Vaccination in the Punjab 1905-1918 - 1905-1918
Year: 1905
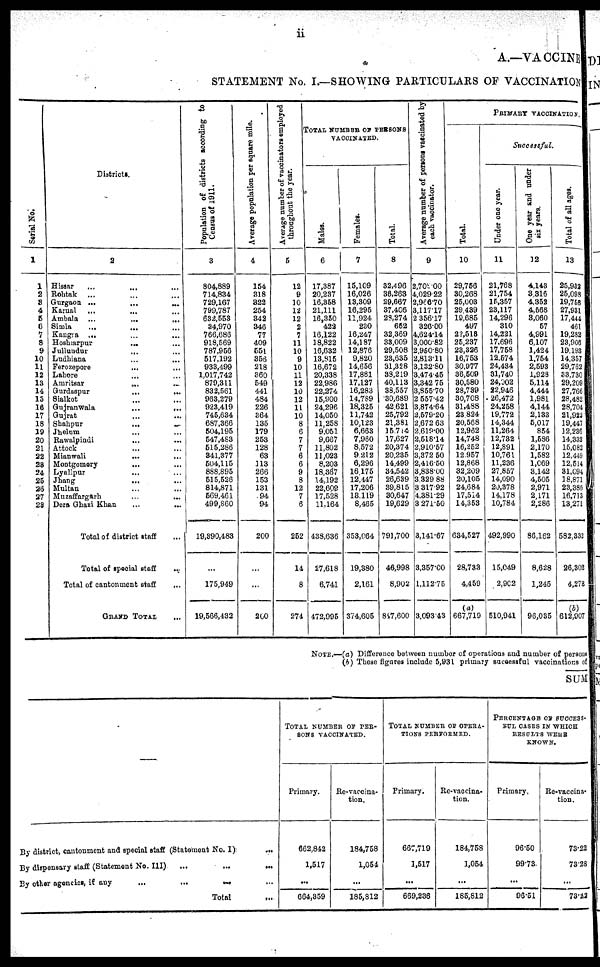
ii
A.—VACCINE
STATEMENT No. I.—SHOWING PARTICULARS OF VACCINATION
Serial No.
1
1
2
3 4
5
6
7
8
9
10
11
12
13
14
15
16
17
18
19
20
21
22
23
24
25
26
27
28
Districts.
2
Hissar ... ... ...
Rohtak ... ... ...
Gurgaon ... ... ...
Karuel ... ... ...
Ambala ... ... ...
Simla ... ... ...
Kaugta ... ... ...
Hoshiarpur
...
...
Jallandar ... ...
Ludhiana ... ...
Ferozepore ... ...
Lahore ... ...
Amritsar
...
...
Gurdaspur ... ...
Sialkot ... ...
Gujranwala
...
...
Gujrat ... ...
Shahpur
...
...
Jhelum ... ...
Rawalpindi ... ...
Attock ... ...
Mianwali ... ...
Montgomery ... ...
Lyallpur ... ...
Jhang ... ...
Multan ... ...
Muzaffargarh ... ...
Dora Ghati Khan ... ...
Total of district staff ...
Total of special staff ...
Total of cantonment staff ...
GRAND
TOTAL ...
Population of districts according to
Ceusus 1911.
3
804,889
714,834
729,167
799,787
632.553
84,970
766,686
918,569
787,956
517,192
933,499
1,017,742
879,311
832,561
963,279
923,419
746,634
637,366
504,195
547,483
515,286
841,377
604,115
888,895
615,526
814,871
569,461
499,860
19,890,483
...
175,949
19,566,432
Average population per square mile.
4
154
318
322
254
342
346
77
409
551
358
218
360
649
441
484
226
364
135
179
253
128
63
113
266
153
131
94
94
200
...
...
200
Average
number of vaccinators employed
throughout the year.
5
12
9
10
12
12
2
7
11
10
9
10
11
12
10
12
11
10
8
6
7
7
6
6
9
8
12
7
6
252
14
8
274
TOTAL NUMBER OF
PERSONS
VACCINATED.
Males.
6
17,387
20,237
16,358
21,111
16,350
422
16,122
18,822
16,632
13,815
16,672
20,338
22,986
22,274
15,900
24,296
14,050
11,258
9,051
9,667
11,802
11,023
8,203
18,367
14,192
22,608
17,528
11,164
433,636
27,618
6,741
472,095
Females.
7
15,109
16,026
13,309
16,296
11,924
230
16,247
14,187
12,876
9,820
14,656
17,881
17,127
16,283
14,789
18,325
11,742
10,123
6,663
7,960
8,572
9,212
6,296
16,175
12,447
17,206
18,119
8,485
353,064
19,380
2,161
374.605
Total.
8
32,496
38,263
29,667
37,406
29,274
652
32,369
38,009
29,508
23,635
31,828
33,219
40,113
38,557
30,689
42,621
25,792
21,381
15,714
17,627
20,374
20,235
14,499
34,542
26,639
39,815
30,647
19,629
791,700
46,998
8,902
897,600
Average number of persons vaccinated by
each vaccinator.
9
2,702.00
4,029.22
2,986.70
8,117.17
2,356.17
320.00
4,624.14
3,000.82
2,960.80
2,813.11
3,132.80
3,474.45
3,342.75
3,855.70
2,557.42
3,874.64
2,679.20
2,672.63
2,619.00
2,618.14
2,910.57
3,372.50
2,416.50
3,838.00
3,329.88
3,317.92
4,381.29
3,271.50
3,141.67
3,357.00
1,112.75
3,093.43
PRIMARY VACCINATION
Total.
10
29,756
30,268
26,003
29,489
19,086
497
22,618
25,237
28,326
16,763
30,977
36,509
80,580
28,739
30,708
31,488
23,824
20,668
12,962
14,748
16,252
12,957
12,868
32,209
20,106
24,684
17,514
14,353
634,527
28,733
4,459
(a)
667,719
Successful.
Under one year.
11
21,768
21,754
15,357
23,117
14,296
310
14,231
17,698
17,758
12,574
24,434
81,740
24,902
32,946
26,472
24,258
19,772
14,344
11,264
12,732
12,891
10,761
11,236
27,857
14,090
20,378
14,178
10,784
492,990
15,049
2,902
510,941
One year and under
six years.
12
4,143
3,316
4,352
4,668
3,060
67
4,991
6,107
1,424
1,764
2,593
1,928
5,114
4,444
1,981
4,144
2,183
5,017
854
1,586
2,170
1,582
1,069
3,142
4,606
2,971
2,171
2,286
86,162
8,628
1,245
96,035
Total of all ages.
13
25,932
25,093
19,758
27,931
17,444
461
19,232
23,906
19,193
14,357
29,762
33,730
29,209
27,766
28,432
28,704
21,922
19,447
12,236
14,338
16,082
12,449
12,514
31,094
18,871
23,388
16,713
13,271
582,332
26,303
4,273
(b)
612,907
NOTE.—(a) Difference between number of operations and number of persons
(b) These figures include 5,931 primary successful vaccinations of
SUM
By district, cantonment and special staff (Statement No. I)
...
By dispensary staff (Statement No. III)
...
...
...
By other agencies, if any
...
...
...
...
Total ...
TOTAL NUMBER OF PER-
SONS VACCINATED.
Primary.
662,842
1,517
...
664,859
Re-vaccina-
tion.
184,758
1,054
...
185,812
TOTAL NUMBER OF OPERA-
TIONS PERFORMED.
Primary.
667,719
1,517
...
669,236
Re-vaccina-
tion.
184,758
1,054
...
185,812
PERCENTAGE OF SUCCESS-
FUL CASES IN WHICH
RESULTS WERE
KNOWN.
Primary.
96.50
99.73
...
96.51
Re-vaccina-
tion.
73.22
73.28
...
73.12